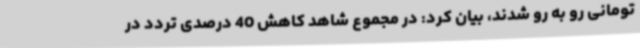
تومانی رو به رو شدند، بیان کرد: در مجموع شاهد کاهش 40 درصدی تردد در